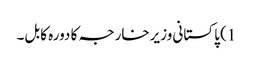
1) پاکستانی وزیرخارجہ کا دورہ کابل۔